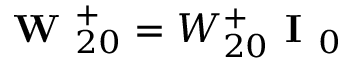
\textbf { W } _ { 2 0 } ^ { + } = W _ { 2 0 } ^ { + } \textbf { I } _ { 0 }